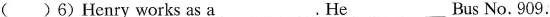
( )6) Henry works as a. He _Bus No.909.